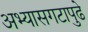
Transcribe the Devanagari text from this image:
अभ्यासगटापुढे